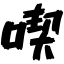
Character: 喫